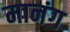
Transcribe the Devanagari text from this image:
मानंग